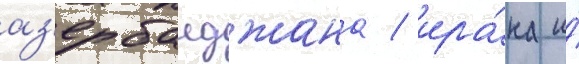
аз'ербаиджана / ира́на и́